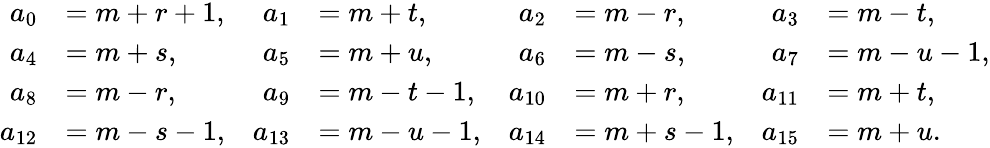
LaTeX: \begin{array}{rlrlrlrl}{a_{0}}&{=m+r+1,}&{a_{1}}&{=m+t,}&{a_{2}}&{=m-r,}&{a_{3}}&{=m-t,}\\ {a_{4}}&{=m+s,}&{a_{5}}&{=m+u,}&{a_{6}}&{=m-s,}&{a_{7}}&{=m-u-1,}\\ {a_{8}}&{=m-r,}&{a_{9}}&{=m-t-1,}&{a_{10}}&{=m+r,}&{a_{11}}&{=m+t,}\\ {a_{12}}&{=m-s-1,}&{a_{13}}&{=m-u-1,}&{a_{14}}&{=m+s-1,}&{a_{15}}&{=m+u.}\end{array}